Lunatic asylums Punjab 1868-1880 - 1868-1880
Year: 1868
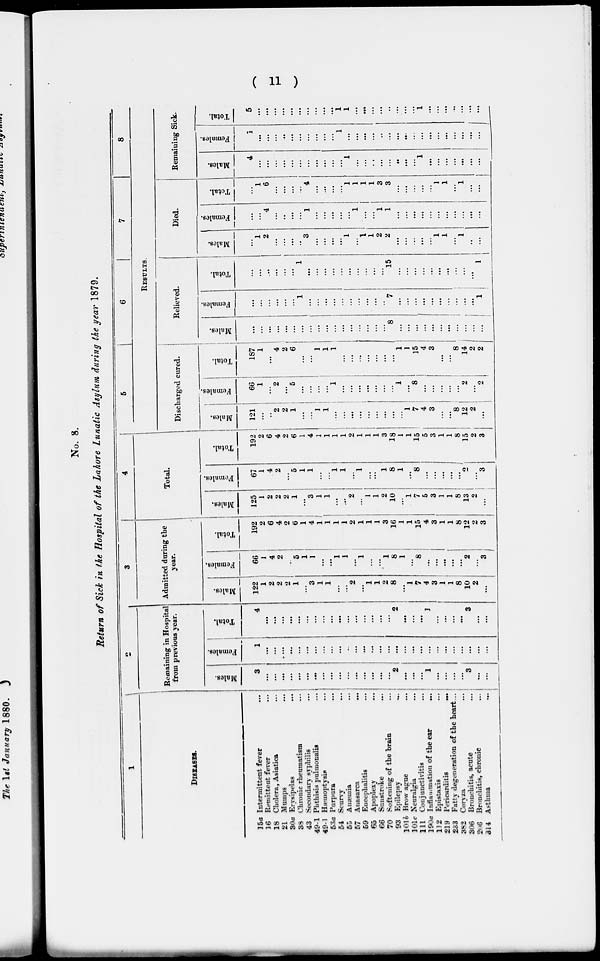
( 11 )
No. 8.
Return of Sick in the Hospital of the Lahore Lunatic Asylum during the year 1879.
1
DISEASES.
15a
16
18
21
30a
38
43
49-1
49-1
53a
54
55
57
59
65
66
70
93
101b
101c
111
190a
112
219
233
382
306
206
314
Intermittent fever
Remittent fever
Cholera, Asiatica
Mumps
Erysipelas
Chronic rheumatism
Secondary syphilis
Phthisis pulmonalis
Hæmoptysis
Purpura
Scurvy
Anaemia
Anasarca
Encephalitis
Apoplexy
Sunstroke
Softening of the brain
Epilepsy
Brow ague
Neuralgia
Conjunctivitis
Inflammation of the ear
Epistaxis
Pericarditis
Fatty degeneration of the heart
Coryza
Bronchitis, acute
Bronchitis, chronic
Asthma
...
...
...
...
...
...
...
...
...
...
...
...
...
...
...
...
...
...
...
...
...
...
...
...
...
...
...
...
2
Remaining in Hospital
from previous year.
Males.
3
...
...
...
...
...
...
...
...
...
...
...
...
...
...
...
...
2
...
...
...
1
...
...
...
...
3
...
...
Females.
1
...
...
...
...
...
...
...
...
...
...
...
...
...
...
...
...
...
...
...
...
...
...
...
...
...
...
...
...
Total.
4
...
...
...
...
...
...
...
...
...
...
...
...
...
...
...
...
2
...
...
...
1
...
...
...
...
3
...
...
3
Admitted during the
year.
Males.
122
1
2
2
2
1
...
3
1
1
...
...
2
...
1
1
2
8
...
1
7
4
3
1
1
8
10
2
...
Females.
66
1
4
2
...
5
1
1
...
...
1
1
...
1
...
...
1
8
1
...
8
...
...
...
...
...
2
...
3
Total.
192
2
6
4 2
6
1
4
1
1
1
1
2
1
1
1
3
16
1
1
15
4
3
1
1
8
12
2
3
4
Total.
Males.
125
1
2
2
2
1
...
3
1
1
...
1
2
...
1
1
2
10
...
1
7
5
3
1
1
8
13
2
Females.
67
1
4
2
...
5
...
...
...
...
...
...
...
...
...
...
...
...
...
8
...
...
...
...
...
2
...
3
Total.
192
2
6
4
2
6
1
4
1
1
1
1
2
1
1
1
3
18
1
1
15
5
3
1
1
8
15
2
3
5
6
7
8
RESULTS.
Discharged cured.
Males.
121
...
..
2
2
1
...
...
1
1
...
...
...
...
...
...
...
...
...
1
7
4
3
...
... 8
12
2
...
Females.
66
1
...
2
...
5
...
...
...
...
1
...
...
...
...
...
...
...
1
...
8
...
...
...
...
...
2 ...
2
Total.
187
1
...
4
2
6
...
...
1
1
1
...
...
...
...
...
...
...
1
1
15
4
3
...
...
8
14
2
2
Relieved.
Males.
...
...
...
...
...
...
...
...
...
...
...
...
...
...
...
...
...
8
...
...
...
...
...
...
...
...
...
...
...
Females.
...
...
...
...
...
...
1
...
...
...
...
...
...
...
...
...
...
7
...
...
...
...
...
...
...
...
...
...
1
Total.
...
...
...
...
...
...
1
...
...
...
...
...
...
...
...
...
...
15
...
...
...
...
...
...
...
...
...
...
1
Died.
Males.
...
1
2
...
...
...
...
3
...
...
...
...
1
...
1
1
2
2
...
...
...
...
...
1
1
...
1
..
...
Females.
...
...
4
...
...
...
...
1
...
...
...
...
...
1
...
...
1
1
...
...
...
...
...
...
...
...
...
...
...
Total.
...
1
6
...
...
...
...
4
...
...
...
...
1
1
1
1
3
3
...
...
...
...
...
1
1
...
1
...
...
Remaining Sick.
Males.
4
...
...
...
...
...
1
...
...
...
...
...
1
...
...
...
...
...
...
...
...
1
...
...
...
...
...
...
...
Females.
1
...
...
...
...
...
...
...
...
...
...
1
...
...
...
...
...
...
...
...
...
...
...
...
...
...
...
...
...
Total.
5
...
...
...
...
...
...
...
...
...
...
1
1
...
...
...
...
...
...
...
...
1
...
...
...
...
...
...
...